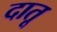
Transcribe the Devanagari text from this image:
दातू